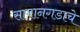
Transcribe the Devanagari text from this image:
सामानगडाचे